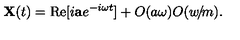
{ \bf X } ( t ) = \mathrm { R e } [ i { \bf a } e ^ { - i \omega t } ] + O ( a \omega ) O ( w \! / \! m ) .